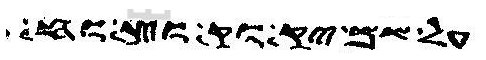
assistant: על נפשה יקומון ואם